Civil Veterinary Department. United Provinces 1932-42 - 1932-1942
Year: 1932
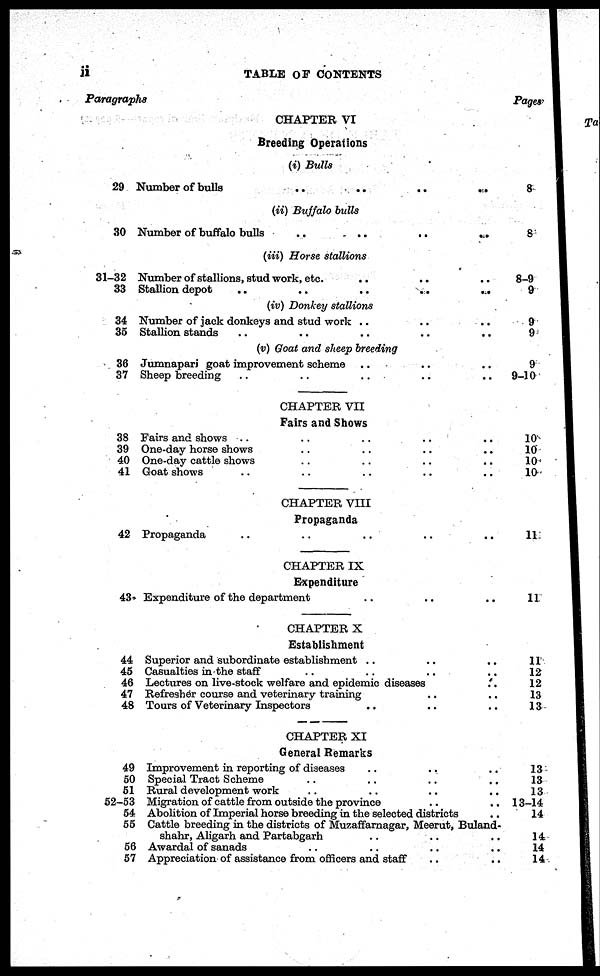
ii
TABLE OF CONTENTS
Paragraphs
29
30
31-32
33
34
35
36
37
38
39
40
41
42
43.
44
45
46
47
48
49
50
51
52-53
54
55
56
57
CHAPTER VI
Breeding Operations
(i) Bulls
Number of bulls
..
..
..
..
(ii) Buffalo bulls
Number of buffalo bulls
..
..
..
...
(iii) Horse stallions
Number of stallions, stud work, etc. .. .. ...
Stallion depot
..
..
..
..
...
(iv) Donkey stallions
Number of jack donkeys and stud work .. .. ..
Stallion stands .. .. ..
(v) Goat and sheep breeding
Jumnapari goat improvement scheme .. .. ..
Sheep breeding .. .. .. ..
CHAPTER VII
Fairs and Shows
Fairs and shows .. .. .. ..
One-day horse shows .. .. .. ..
One-day cattle shows .. .. .. ..
Goat shows .. .. .. .. ..
CHAPTER VIII
Propaganda
Propaganda .. .. .. .. ..
CHAPTER IX
Expenditure
Expenditure of the department .. .. ..
CHAPTER X
Establishment
Superior and subordinate establishment .. .. ..
Casualties in the staff .. .. .. ..
Lectures on live-stock welfare and epidemic diseases ..
Refresher course and veterinary training .. ..
Tours of Veterinary Inspectors .. .. ..
CHAPTER XI
General Remarks
Improvement in reporting of diseases .. .. ..
Special Tract Scheme .. .. .. ..
Rural development work .. .. .. ..
Migration of cattle from outside the province .. ..
Abolition of Imperial horse breeding in the selected districts ..
Cattle breeding in the districts of Muzaffarnagar, Meerut, Buland-
shahr, Aligarh and Partabgarh .. .. .. ..
Awardal of sanads .. .. .. ..
Appreciation of assistance from officers and staff .. ..
Pages
8
8
8-9
9
9
9
9
9-10
10
10
10
10
11
11
11 12
12
13
13
13
13
13
13-14
14
14
14
14